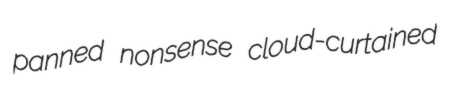
panned nonsense cloud-curtained